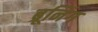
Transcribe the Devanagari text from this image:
ब्रूनिंग